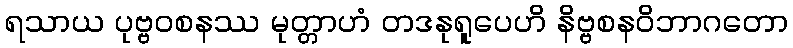
ရသာယ ပုဗ္ဗဝစနဿ မုတ္တာဟံ တဒနုရူပေဟိ နိဗ္ဗစနဝိဘာဂတော